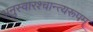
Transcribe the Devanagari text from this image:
अनुस्वारश्चान्त्यरूपम्